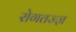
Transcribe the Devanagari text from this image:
रोगतज्ज्ञ